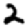
Digit: 2